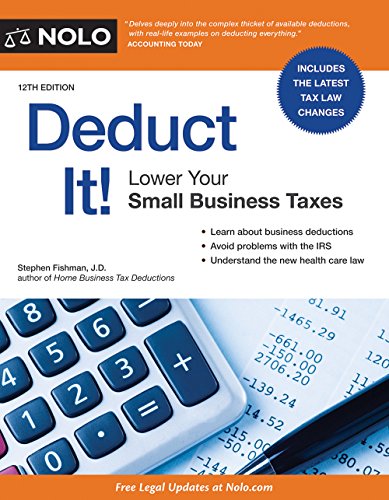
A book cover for Deduct It!: Lower Your Small Business Taxes; Stephen Fishman JD; Business & Money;